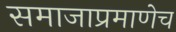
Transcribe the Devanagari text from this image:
समाजाप्रमाणेच